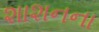
શાશનના